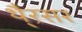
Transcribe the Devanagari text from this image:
थै्रसर